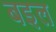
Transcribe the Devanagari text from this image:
बइल